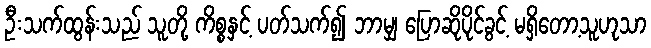
ဦးသက်ထွန်းသည် သူတို့ ကိစ္စနှင့် ပတ်သက်၍ ဘာမျှ ပြောဆိုပိုင်ခွင့် မရှိတော့သူဟုသာ